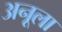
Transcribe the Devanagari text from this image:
अनूला